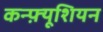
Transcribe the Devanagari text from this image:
कन्फ़्यूशियन